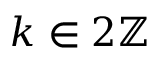
k \in 2 \ensuremath { \mathbb { Z } }